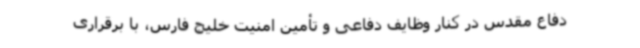
دفاع مقدس در کنار وظایف دفاعی و تأمین امنیت خلیج فارس، با برقراری